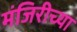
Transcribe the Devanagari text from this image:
मंजिरीच्या